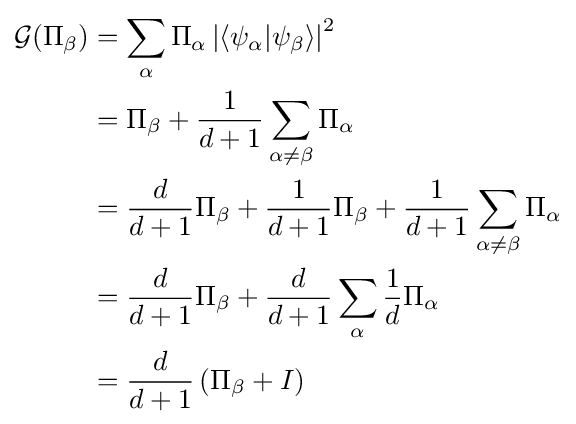
{\begin{aligned}{\mathcal {G}}(\Pi _{\beta })&=\displaystyle \sum _{\alpha }\Pi _{\alpha }\left|\langle \psi _{\alpha }|\psi _{\beta }\rangle \right|^{2}\\&=\displaystyle \Pi _{\beta }+{\frac {1}{d+1}}\sum _{\alpha \neq \beta }\Pi _{\alpha }\\&=\displaystyle {\frac {d}{d+1}}\Pi _{\beta }+{\frac {1}{d+1}}\Pi _{\beta }+{\frac {1}{d+1}}\sum _{\alpha \neq \beta }\Pi _{\alpha }\\&=\displaystyle {\frac {d}{d+1}}\Pi _{\beta }+{\frac {d}{d+1}}\sum _{\alpha }{\frac {1}{d}}\Pi _{\alpha }\\&=\displaystyle {\frac {d}{d+1}}\left(\Pi _{\beta }+I\right)\end{aligned}}